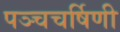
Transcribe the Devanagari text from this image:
पञ्चचर्षिणी